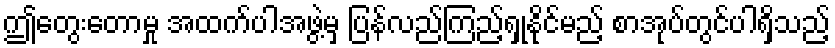
ဤတွေးတောမှု အထက်ပါအဖွဲ့မှ ပြန်လည်ကြည့်ရှုနိုင်မည့် စာအုပ်တွင်ပါရှိသည့်